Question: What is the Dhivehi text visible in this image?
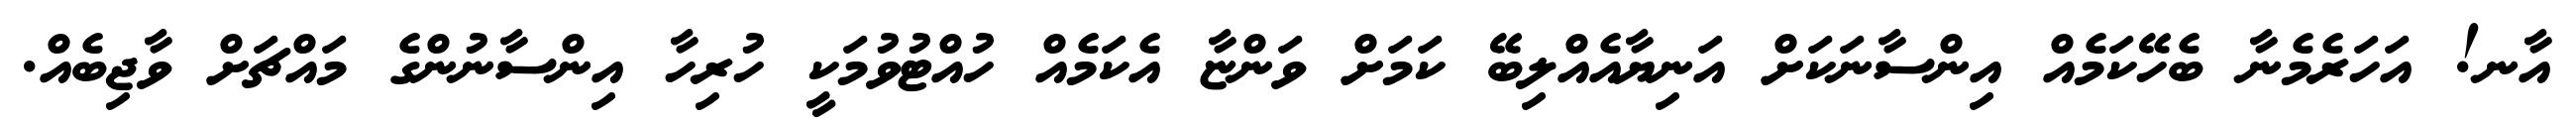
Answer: އާނ! އަހަރެމެނާ ބެހޭކަމެއް އިންސާނަކަށް އަނިޔާއެއްލިބޭ ކަމަށް ވަންޏާ އެކަމެއް ހުއްޓުވުމަކީ ހުރިހާ އިންސާނުންގެ މައްޗަށް ވާޖިބެއް.